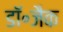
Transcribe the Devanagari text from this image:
डॉ॰जैक